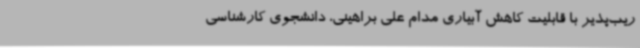
ریب‌پذیر با قابلیت کاهش آبیاری مدام علی براهینی، دانشجوی کارشناسی